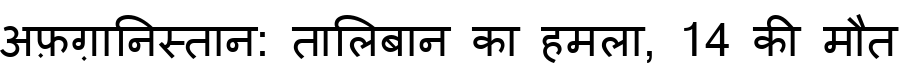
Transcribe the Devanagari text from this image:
अफ़ग़ानिस्तान: तालिबान का हमला, 14 की मौत